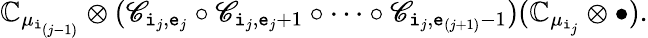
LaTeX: {\mathbb C}_{\mu_{\mathtt{i}_{(j-1)}}}\otimes(\mathscr C_{\mathtt{i}_{j},\mathtt{e}_{j}}\circ\mathscr C_{\mathtt{i}_{j},\mathtt{e}_{j}+1}\circ\cdots\circ\mathscr C_{\mathtt{i}_{j},\mathtt{e}_{(j+1)}-1})({\mathbb C}_{\mu_{\mathtt{i}_{j}}}\otimes\bullet).